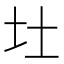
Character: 𪢴